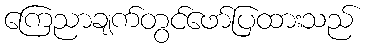
ကြေညာချက်တွင်ဖော်ပြထားသည်